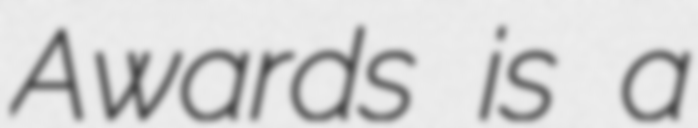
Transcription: Awards is a